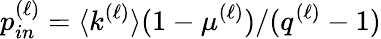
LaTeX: p_{in}^{(\ell)}=\langle k^{(\ell)}\rangle(1-\mu^{(\ell)})/(q^{(\ell)}-1)